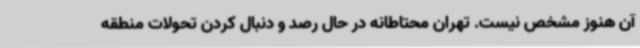
آن هنوز مشخص نیست. تهران محتاطانه در حال رصد و دنبال کردن تحولات منطقه